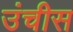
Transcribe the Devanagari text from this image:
उंचीस